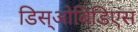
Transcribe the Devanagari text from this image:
डिस्‌ओबिडिएंस